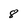
Character: 8